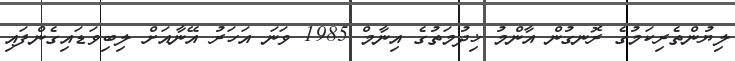
ލިޔުންތެރިކަމުގެ ރޮނގުން އާންމު ޚިދުމަތުގެ އިނާމް 1985 ވަނަ އަހަރު އޭނާއަށް ލިބިވަޑައިގެންފައި